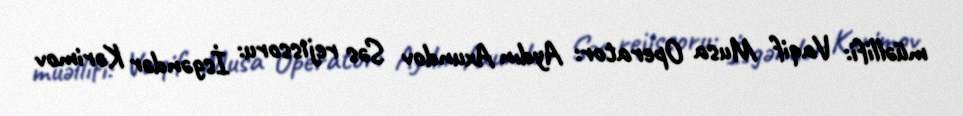
müəllifi: Vaqif Musa Operator: Aydın Axundov Səs rejissoru: İsgəndər Kərimov